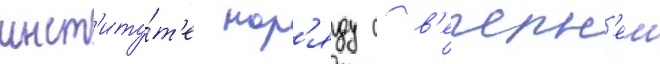
инст'иту́т'е нар'яду с в'ечерн'еи